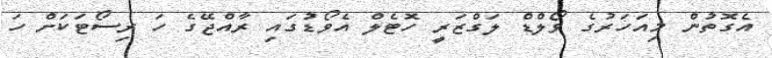
އެގޮތުން މިއަހަރުގެ ވޯލްޑް ލަގްޒަރީ ހޮޓެލް އެވޯޑުގައި ރާއްޖޭގެ ހަ ރިސޯޓަކަށް ހަ